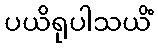
ပယိရုပါသယိံ